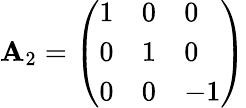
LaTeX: \mathbf{A}_{2}={\left(\begin{array}{lll}{1}&{0}&{0}\\ {0}&{1}&{0}\\ {0}&{0}&{-1}\end{array}\right)}